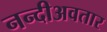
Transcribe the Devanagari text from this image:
नन्दीअवतार